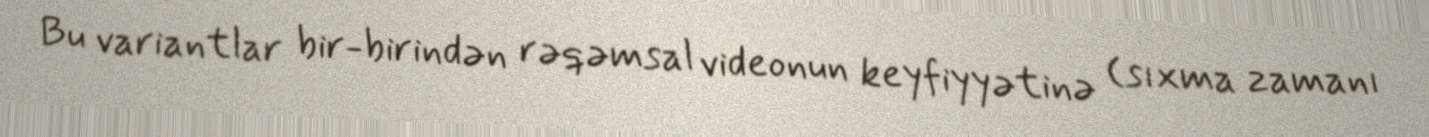
Bu variantlar bir-birindən rəqəmsal videonun keyfiyyətinə (sıxma zamanı